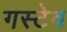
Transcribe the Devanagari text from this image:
गस्टेव